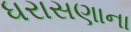
ધરાસણાના